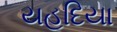
યહૂદિયા